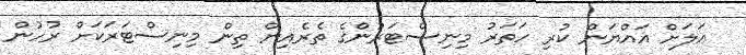
އަލަށް އައްޔަން ކުރި ހަތަރު މިނިސްޓަރުންގެ ތެރެއިން ތިން މިނިސްޓަރަކަށް ރުހުން